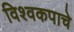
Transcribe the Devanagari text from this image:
विश्वकपाचे